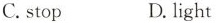
C.stop D. light